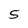
Character: 5